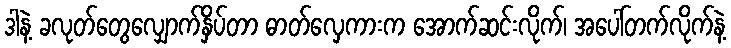
ဒါနဲ့ ခလုတ်တွေလျှောက်နှိပ်တာ ဓာတ်လှေကားက အောက်ဆင်းလိုက်၊ အပေါ်တက်လိုက်နဲ့